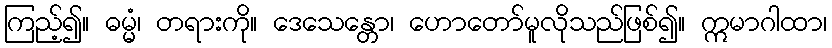
ကြည့်၍။ ဓမ္မံ၊ တရားကို။ ဒေသေန္တော၊ ဟောတော်မူလိုသည်ဖြစ်၍။ ဣမာဂါထာ၊